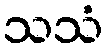
သသံ